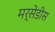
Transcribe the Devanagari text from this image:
मर्सेडीस